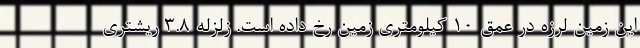
این زمین لرزه در عمق 10 کیلومتری زمین رخ داده است. زلزله 3.8 ریشتری